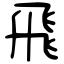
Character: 飛